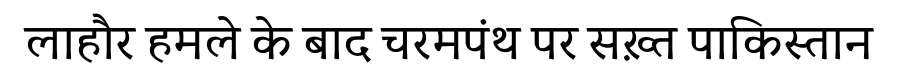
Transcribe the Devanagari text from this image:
लाहौर हमले के बाद चरमपंथ पर सख़्त पाकिस्तान